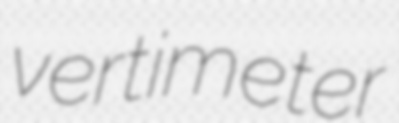
vertimeter